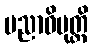
ပညာဝိမုတ္တိ